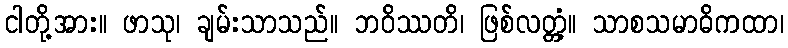
ငါတို့အား။ ဖာသု၊ ချမ်းသာသည်။ ဘဝိဿတိ၊ ဖြစ်လတ္တံ့။ သာစသမာဓိကထာ၊